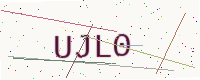
Text: UJL0